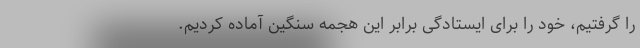
را گرفتیم، خود را برای ایستادگی برابر این هجمه سنگین آماده کردیم.